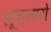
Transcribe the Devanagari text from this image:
सूचनाये